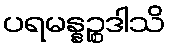
ပရမန္နဉ္စဒါသိ